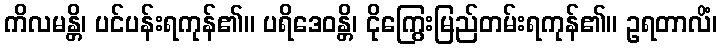
ကိလမန္တိ၊ ပင်ပန်းရကုန်၏။ ပရိဒေဝန္တိ၊ ငိုကြွေးမြည်တမ်းရကုန်၏။ ဥရတာလိံ၊